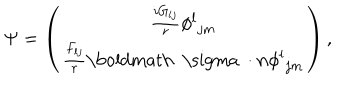
\Psi = \left( \begin{matrix} { { { \frac { i G _ { l j } } { r } } { \phi ^ { l } } _ { j m } } } \\ { { { \frac { F _ { l j } } { r } } { { \mathrm { \boldmath ~ \ s i g m a ~ } } \cdot { \bf n } } { \phi ^ { l } } _ { j m } } } \\ \end{matrix} \right) ,